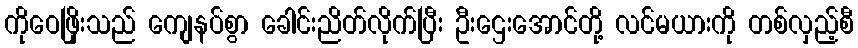
ကိုဝေဖြိုးသည် ကျေနပ်စွာ ခေါင်းညိတ်လိုက်ပြီး ဦးဌေးအောင်တို့ လင်မယားကို တစ်လှည့်စီ